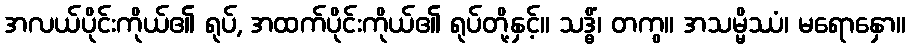
အလယ်ပိုင်းကိုယ်၏ ရုပ်, အထက်ပိုင်းကိုယ်၏ ရုပ်တို့နှင့်။ သဒ္ဓိံ၊ တကွ။ အသမ္မိဿံ၊ မရောနှော။